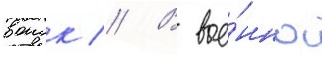
воиск // В вое́нное